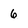
Character: 6